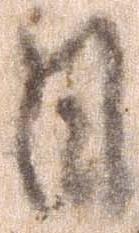
日